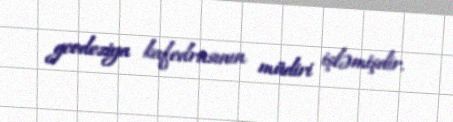
geodeziya kafedrasının müdiri işləmişdir.